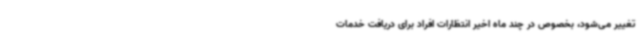
‌تغییر می‌شود، بخصوص در چند ماه اخیر انتظارات افراد برای دریافت خدمات